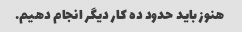
هنوز باید حدود ده کار دیگر انجام دهیم.